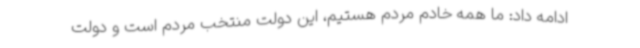
ادامه داد: ما همه خادم مردم هستیم، این دولت منتخب مردم است و دولت